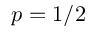
p = 1 / 2